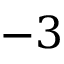
- 3